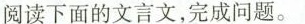
阅读下面的文言文，完成问题。